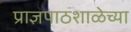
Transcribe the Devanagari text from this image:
प्राज्ञपाठशाळेच्या